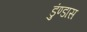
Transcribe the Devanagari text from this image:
डुंण्डास